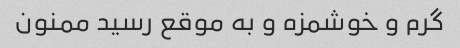
گرم و خوشمزه و به موقع رسید ممنون